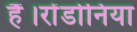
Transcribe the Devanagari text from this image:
हैं।रोंडोनिया